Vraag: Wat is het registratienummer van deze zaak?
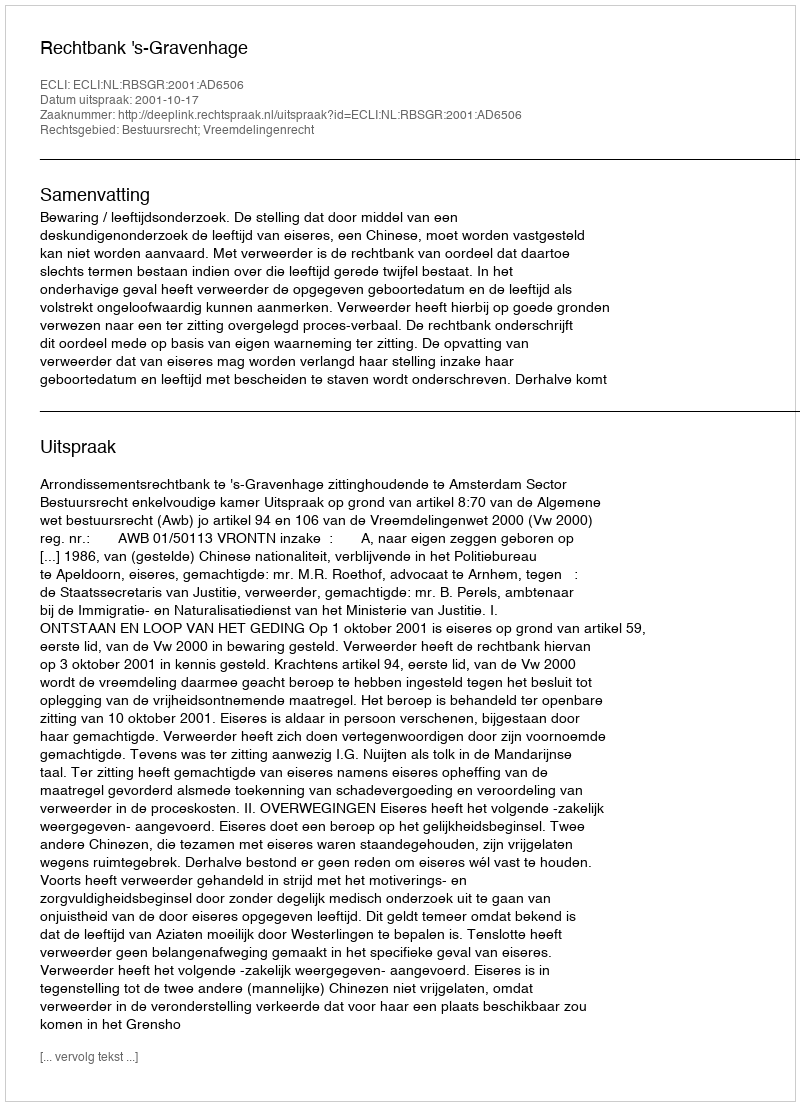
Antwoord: http://deeplink.rechtspraak.nl/uitspraak?id=ECLI:NL:RBSGR:2001:AD6506